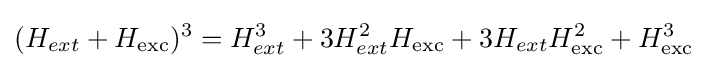
(H_{ext}+H_{\text{exc}})^{3}=H_{ext}^{3}+3H_{ext}^{2}H_{\text{exc}}+3H_{ext}H_{\text{exc}}^{2}+H_{\text{exc}}^{3}